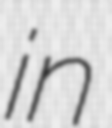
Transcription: in